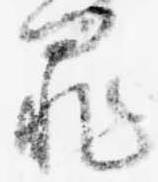
罪